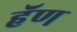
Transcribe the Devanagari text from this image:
हॅण